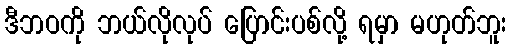
ဒီဘဝကို ဘယ်လိုလုပ် ပြောင်းပစ်လို့ ရမှာ မဟုတ်ဘူး